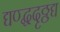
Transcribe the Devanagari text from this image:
द्यण्द्धदृठ्ठद्य